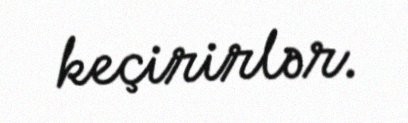
keçirirlər.